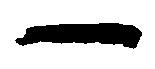
一